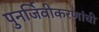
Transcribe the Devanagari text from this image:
पुनर्जिवीकरणांची